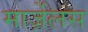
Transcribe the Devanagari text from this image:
मार्ज़ेलस